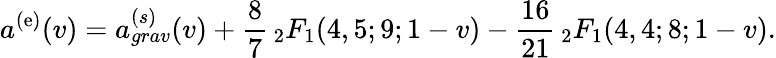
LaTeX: a^{(\mathrm{e})}(v)=a_{grav}^{(s)}(v)+\frac{{8}}{{7}}\, _{2}F_{1}(4,5;9;1-v)-\frac{{16}}{{21}}\, _{2}F_{1}(4,4;8;1-v).